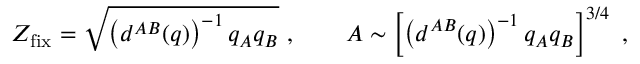
Z _ { \mathrm { f i x } } = \sqrt { \left( d ^ { A B } ( q ) \right) ^ { - 1 } q _ { A } q _ { B } } \ , \qquad A \sim \left[ \left( d ^ { A B } ( q ) \right) ^ { - 1 } q _ { A } q _ { B } \right] ^ { 3 / 4 } \ ,